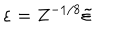
\varepsilon = Z ^ { - 1 / 8 } \tilde { \varepsilon }